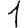
Digit: 1